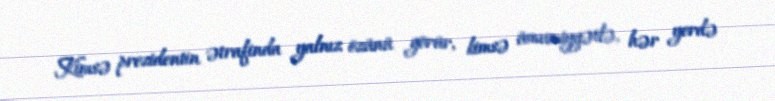
Kimsə prezidentin ətrafinda yalnız özünü görür, kimsə ümumiyyətlə, hər yerdə